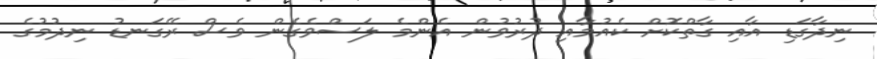
ނިދާގަޑި އާއި ގާތްކޮށް ކެއުމާއި ދުުރުވުން އެންމެ ލަސްވެގެން ވެސް ރޭގަނޑު ނިދުމުގެ